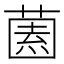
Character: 𱾓